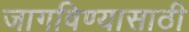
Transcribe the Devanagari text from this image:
जागविण्यासाठी